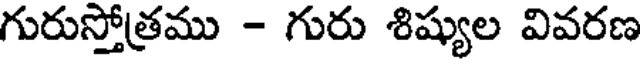
గురుస్తోత్రము - గురు శిష్యుల వివరణ